Source: Handwritten
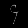
Digit: ၄ (4)